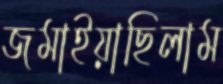
জমাইয়াছিলাম